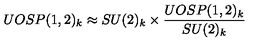
U O S P ( 1 , 2 ) _ { k } \approx S U ( 2 ) _ { k } \times { \frac { U O S P ( 1 , 2 ) _ { k } } { S U ( 2 ) _ { k } } }